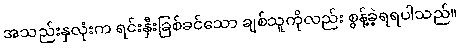
အသည်းနှလုံးက ရင်းနှီးခြစ်ခင်သော ချစ်သူကိုလည်း စွန့်ခဲ့ရရပါသည်။